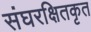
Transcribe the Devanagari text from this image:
संघरक्षितकृत